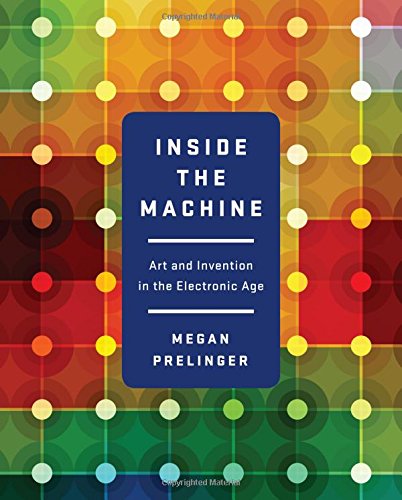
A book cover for Inside the Machine: Art and Invention in the Electronic Age; Megan Prelinger; Arts & Photography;